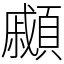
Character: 顣